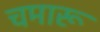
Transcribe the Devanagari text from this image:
चमारू